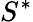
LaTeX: S^{*}